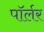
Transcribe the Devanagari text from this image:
पॉर्लर